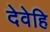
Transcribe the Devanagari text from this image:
देवेहि